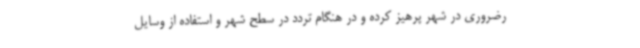
رضروری در شهر پرهیز کرده و در هنگام تردد در سطح شهر و استفاده از وسایل